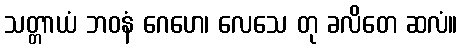
သတ္တာယံ ဘဝနံ ဂေဟေ၊ လေသေ တု ခလိတေ ဆလံ။